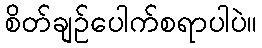
စိတ်ချဉ်ပေါက်စရာပါပဲ။